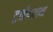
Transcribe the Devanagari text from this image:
ट्राईथलन